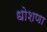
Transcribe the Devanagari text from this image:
धोशणा